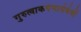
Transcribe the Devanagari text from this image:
गुरुत्वाकर्षणासंबंधी